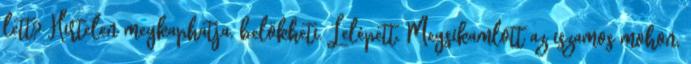
lett? Hirtelen megkaphatja, belökheti. Lelépett. Megsikamlott az iszamos mohon,